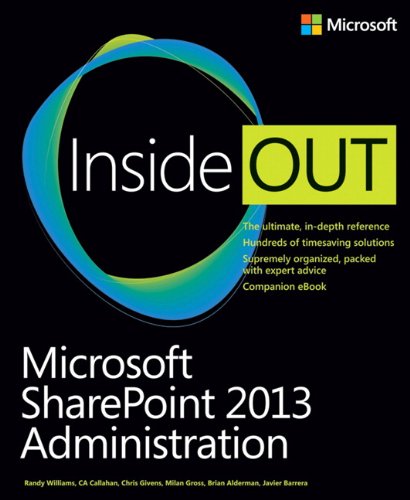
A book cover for Microsoft SharePoint 2013 Administration Inside Out; Randy Williams; Computers & Technology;